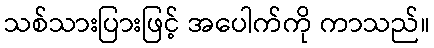
သစ်သားပြားဖြင့် အပေါက်ကို ကာသည်။